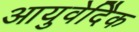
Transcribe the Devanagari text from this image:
आयुवेदिेक